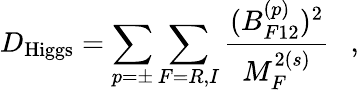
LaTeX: D_{\mathrm{Higgs}}=\sum_{p=\pm}\sum_{F=R,I}{\frac{(B_{F12}^{(p)})^{2}}{M_{F}^{2(s)}}}~~~,